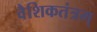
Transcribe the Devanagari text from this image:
वैशिकतंत्रम्